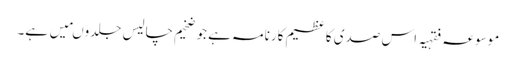
موسوعہ فقہیہ اس صدی کا عظیم کارنامہ ہے جو ضخیم چالیس جلدوںمیں ہے۔